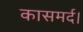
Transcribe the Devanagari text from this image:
कासमर्द।